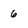
Character: 6